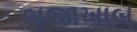
બજાખાબ